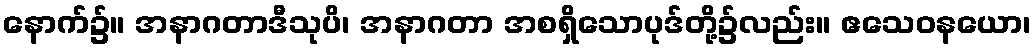
နောက်၌။ အနာဂတာဒီသုပိ၊ အနာဂတာ အစရှိသောပုဒ်တို့၌လည်း။ ဧသေဝနယော၊